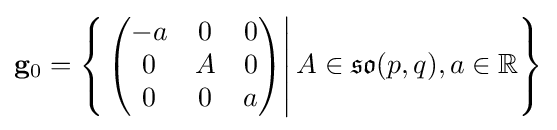
\mathbf {g} _{0}=\left\{\left.{\begin{pmatrix}-a&0&0\\0&A&0\\0&0&a\end{pmatrix}}\right|A\in {\mathfrak {so}}(p,q),a\in \mathbb {R} \right\}